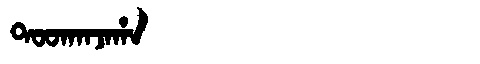
Manchu: ᡨᠣᠣᡴᠠᠨᠵᠠᡥᠠ
Romanization: TOOKANJAHA